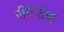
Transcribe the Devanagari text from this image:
पीरितिया